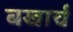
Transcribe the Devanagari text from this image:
बखार्च